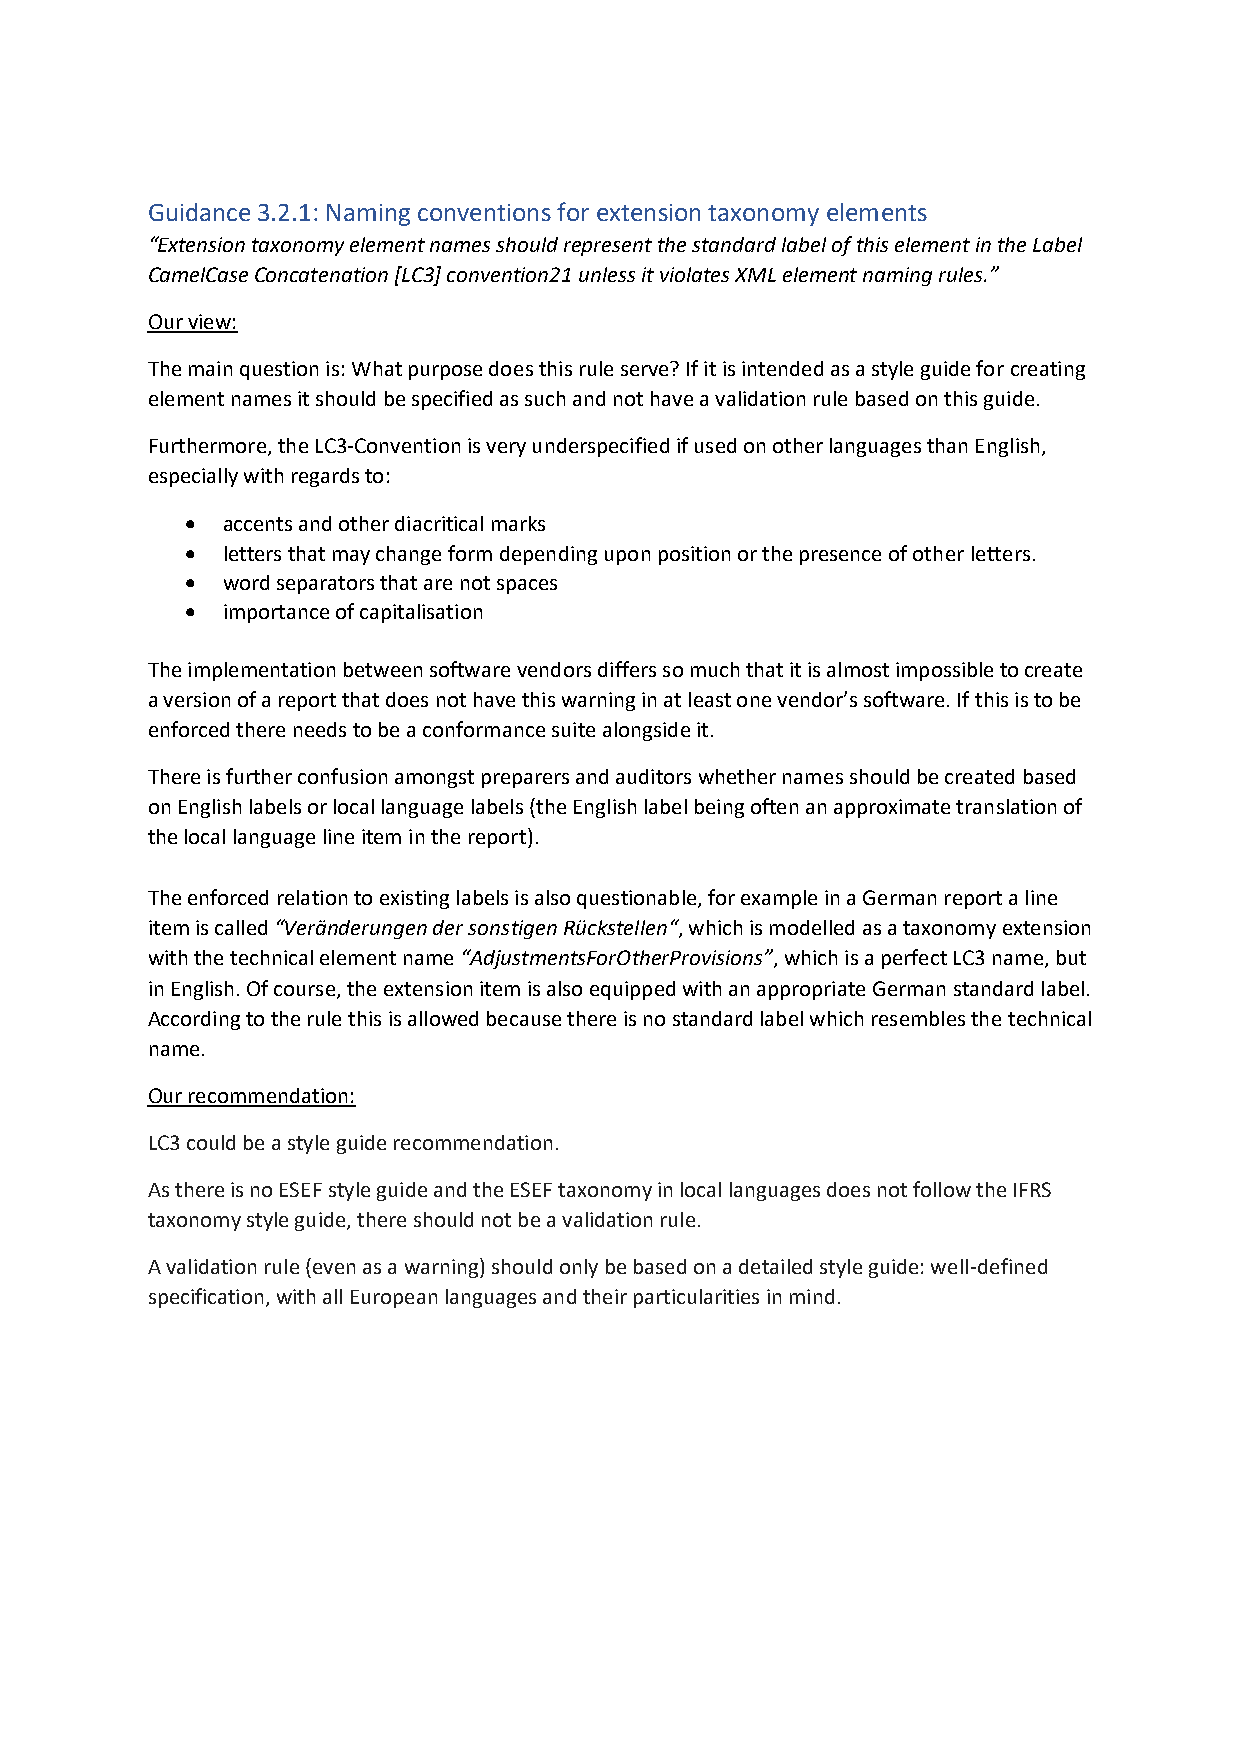
Guidance 3.2.1: Naming conventions for extension taxonomy elements
 “Extension taxonomy element names should represent the standard label of this element in the Label
 CamelCase Concatenation [LC3] convention21 unless it violates XML element naming rules.”
 Our view:
 The main question is: What purpose does this rule serve? If it is intended as a style guide for creating
 element names it should be specified as such and not have a validation rule based on this guide.
 Furthermore, the LC3-Convention is very underspecified if used on other languages than English,
 especially with regards to:
 •  accents and other diacritical marks
 •  letters that may change form depending upon position or the presence of other letters.
 •  word separators that are not spaces
 •  importance of capitalisation
 The implementation between software vendors differs so much that it is almost impossible to create
 a version of a report that does not have this warning in at least one vendor’s software. If this is to be
 enforced there needs to be a conformance suite alongside it.
 There is further confusion amongst preparers and auditors whether names should be created based
 on English labels or local language labels (the English label being often an approximate translation of
 the local language line item in the report).
 The enforced relation to existing labels is also questionable, for example in a German report a line
 item is called “Veränderungen der sonstigen Rückstellen“, which is modelled as a taxonomy extension
 with the technical element name “AdjustmentsForOtherProvisions”, which is a perfect LC3 name, but
 in English. Of course, the extension item is also equipped with an appropriate German standard label.
 According to the rule this is allowed because there is no standard label which resembles the technical
 name.
 Our recommendation:
 LC3 could be a style guide recommendation.
 As there is no ESEF style guide and the ESEF taxonomy in local languages does not follow the IFRS
 taxonomy style guide, there should not be a validation rule.
 A validation rule (even as a warning) should only be based on a detailed style guide: well-defined
 specification, with all European languages and their particularities in mind.